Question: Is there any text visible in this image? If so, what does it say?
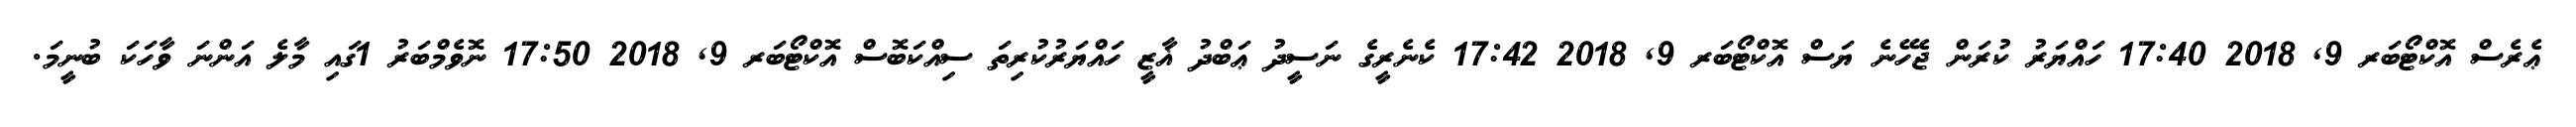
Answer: ޢެރެސް އޮކްޓޯބަރ 9, 2018 17:40 ހައްޔަރު ކުރަން ޖެހޭނެ ޔަސް އޮކްޓޯބަރ 9, 2018 17:42 ކެނެރީގެ ނަސީދު ޢަބްދު ޣާޒީ ހައްޔަރުކުރިތަ ސިއްކަބޮސް އޮކްޓޯބަރ 9, 2018 17:50 ނޮވެމްބަރު 1ގައި މާލެ އަންނަ ވާހަކަ ބުނީމަ.